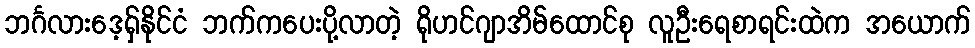
ဘင်္ဂလားဒေ့ရှ်နိုင်ငံ ဘက်ကပေးပို့လာတဲ့ ရိုဟင်ဂျာအိမ်ထောင်စု လူဦးရေစာရင်းထဲက အယောက်